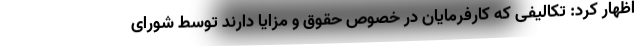
اظهار کرد: تکالیفی که کارفرمایان در خصوص حقوق و مزایا دارند توسط شورای